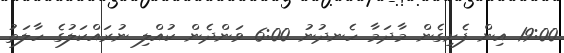
19:00 އިން ފެށިގެން މާދަމާ ހެނދުނު 6:00 ވަންދެން ކުއްލި ނުރައްކަލުގެ ހާލަތު